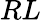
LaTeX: RL